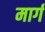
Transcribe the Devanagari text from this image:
मार्ग